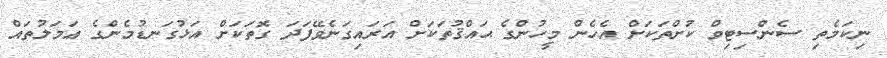
ނިކަމެތި ސެންސިޓިވް ކުށްތަކަށް އެހެން މީހުންގެ ޙައްޤުތަކަށް އަރައިގަނެވޭފަދަ ގޮތަކަށް އަޅުގަނޑުމެންގެ ޢަމަލުތައް